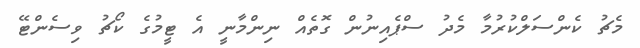
މެޗު ކެންސަލްކުރުމާ މެދު ސްޕެއިނުން ގޮތެއް ނިންމާނީ އެ ޓީމުގެ ކޯޗު ވިސެންޓޭ